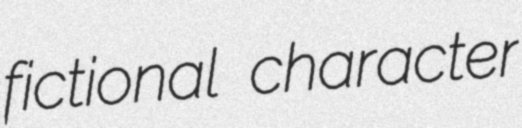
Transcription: fictional character